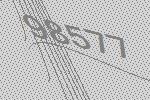
98577